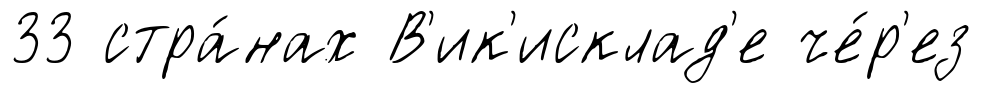
33 стра́нах В'ик'исклад'е че́р'ез